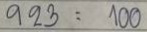
923 = 100